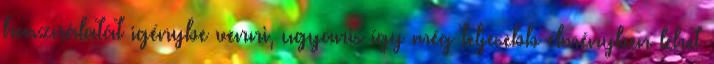
használatát igénybe venni, ugyanis így még teljesebb élményben lehet